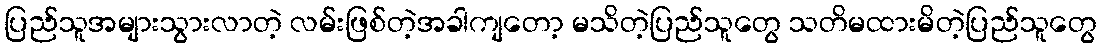
ပြည်သူအများသွားလာတဲ့ လမ်းဖြစ်တဲ့အခါကျတော့ မသိတဲ့ပြည်သူတွေ သတိမထားမိတဲ့ပြည်သူတွေ